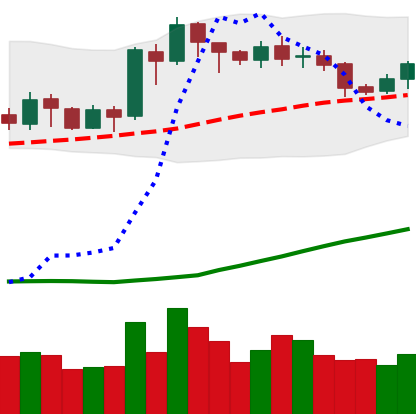
Ticker: ETH-USD
Chart end date: 2020-07-19
Forward return: 17.078%
Label: up_7plus